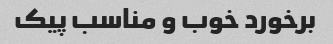
برخورد خوب و مناسب پیک